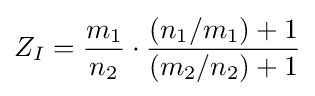
Z_{I}={\frac {m_{1}}{n_{2}}}\cdot {\frac {(n_{1}/m_{1})+1}{(m_{2}/n_{2})+1}}